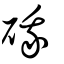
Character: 硪